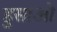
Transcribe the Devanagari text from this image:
हुसाओ